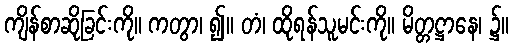
ကျိန်စာဆိုခြင်းကို။ ကတွာ၊ ၍။ တံ၊ ထိုရန်သူမင်းကို။ မိတ္တဋ္ဌာနေ၊ ၌။